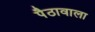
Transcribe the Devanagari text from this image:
पैठावाला